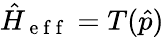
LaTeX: \hat{H}_{\mathrm{~e~f~f~}}=T(\hat{p})